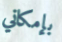
بإمكاني